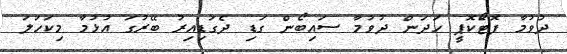
ދުވުމާ ފޮޓަޯކޮޕީ ހަދަން ދުވުމާ ސައިބޯން ގަޑި ދެގަޑިއިރު ބޭރުގަ އުޅުމާ މިކަހަލަ